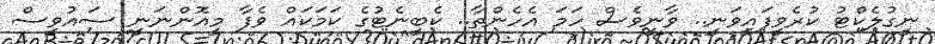
ނީގުލެކްޓު ކުރެވީފައީވަނީ.. ވާނީވެސް ހަމަ އެހެންތާ.. ކެބީނެޓުގެ ކަމަކައް ވެފާ މީއޮންނަނީ ސައުވީސް